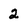
Character: 2